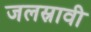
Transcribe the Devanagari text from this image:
जलस्रावी